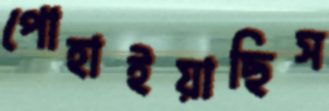
পোহাইয়াছিস